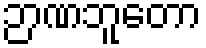
ဉာဏဘူတော